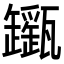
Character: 𤮬